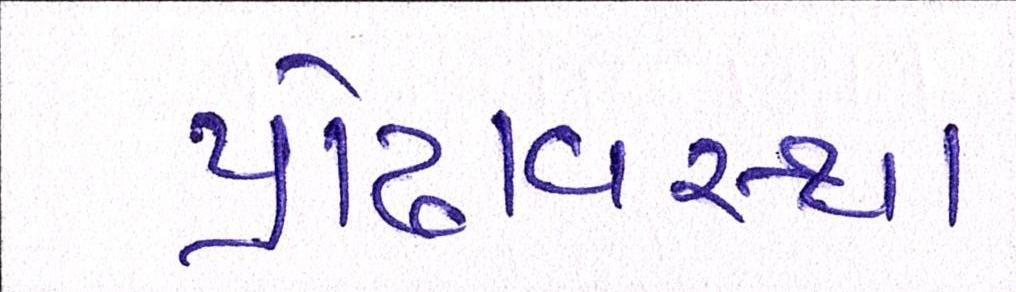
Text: પ્રૌઢાવસ્થા